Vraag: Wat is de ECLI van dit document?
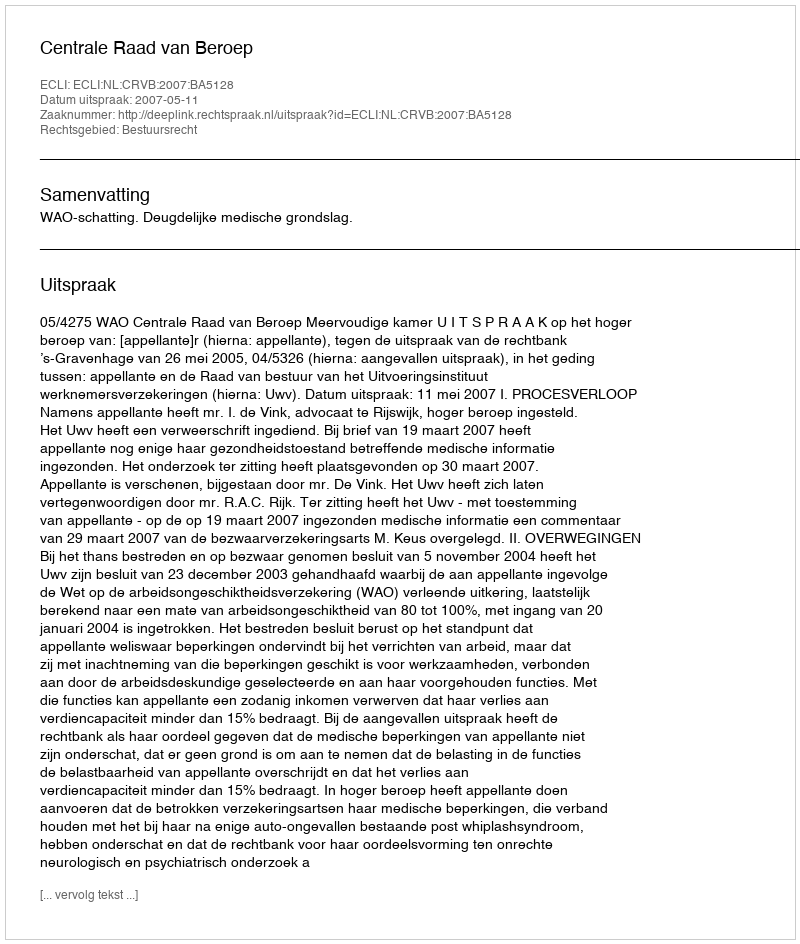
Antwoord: ECLI:NL:CRVB:2007:BA5128